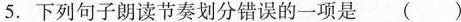
5.下列句子朗读节奏划分错误的一项是( )